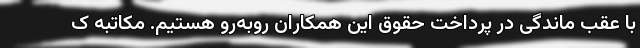
با عقب‌ ماندگی در پرداخت حقوق این همکاران روبه‌رو هستیم. مکاتبه ک